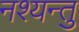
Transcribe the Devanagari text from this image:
नश्यन्तु